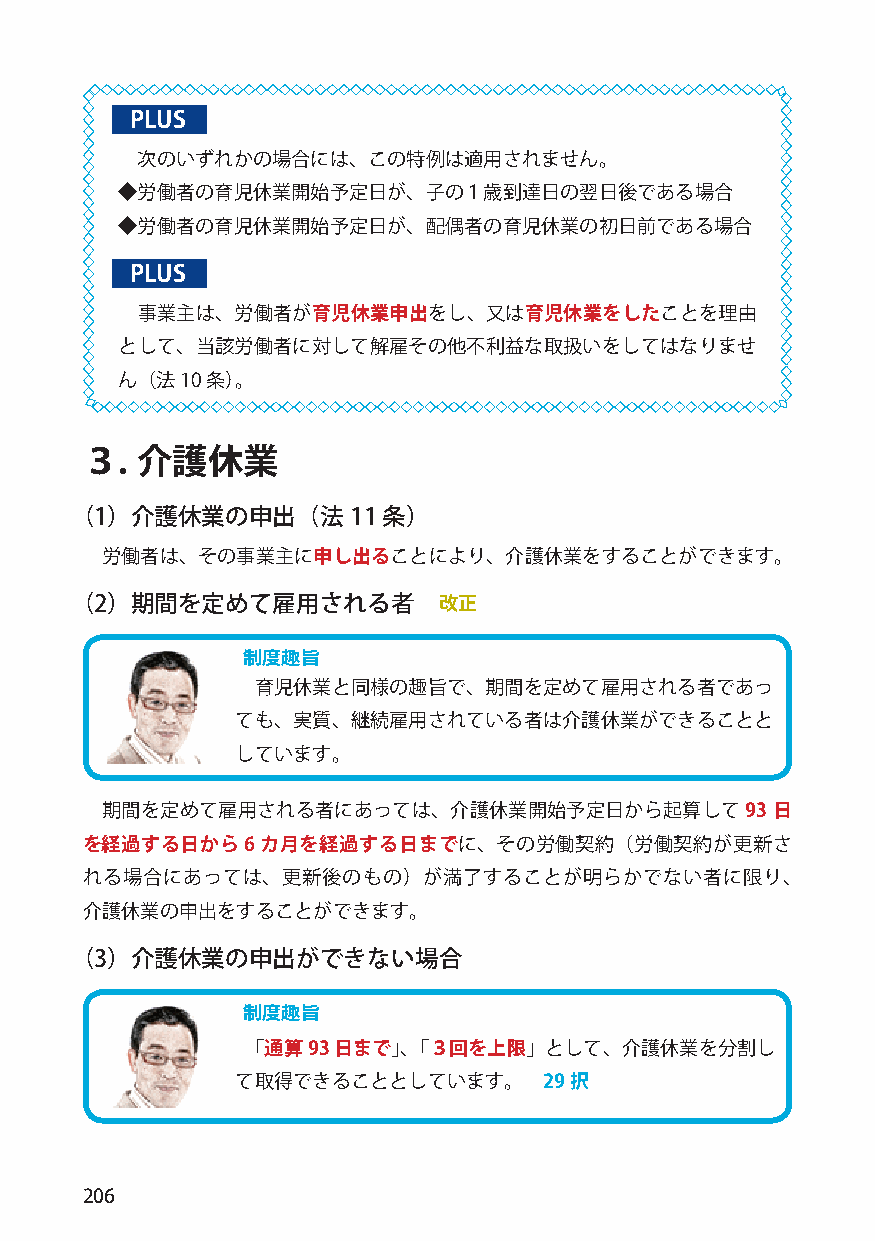
PLUS
 次のいずれかの場合には、この特例は適用されません。
 ◆労働者の育児休業開始予定日が、子の１歳到達日の翌日後である場合
 ◆労働者の育児休業開始予定日が、配偶者の育児休業の初日前である場合
 PLUS
 事業主は、労働者が育児休業申出をし、又は育児休業をしたことを理由
 として、当該労働者に対して解雇その他不利益な取扱いをしてはなりませ
 ん（法10 条）。
 ３.  介護休業
 （1）介護休業の申出（法11      条）
 労働者は、その事業主に申し出ることにより、介護休業をすることができます。
 （2）期間を定めて雇用される者         改正
 制度趣旨
 育児休業と同様の趣旨で、期間を定めて雇用される者であっ
 ても、実質、継続雇用されている者は介護休業ができることと
 しています。
 期間を定めて雇用される者にあっては、介護休業開始予定日から起算して93         日
 を経過する日から6カ月を経過する日までに、その労働契約（労働契約が更新さ
 れる場合にあっては、更新後のもの）が満了することが明らかでない者に限り、
 介護休業の申出をすることができます。
 （3）介護休業の申出ができない場合
 制度趣旨
 「通算93 日まで」、「３回を上限」として、介護休業を分割し
 て取得できることとしています。     29択
 206